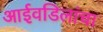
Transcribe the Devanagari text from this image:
आईवडिलांचा